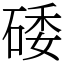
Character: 𥓔